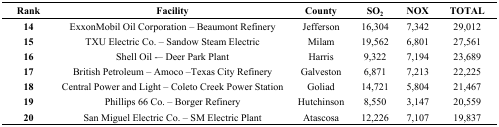
<table><thead><tr><td><b>Rank</b></td><td><b>Facility</b></td><td><b>County</b></td><td><b>SO<sub>2</sub></b></td><td><b>NOX</b></td><td><b>TOTAL</b></td></tr></thead><tbody><tr><td><b>14</b></td><td>ExxonMobil Oil Corporation – Beaumont Refinery</td><td>Jefferson</td><td>16,304</td><td>7,342</td><td>29,012</td></tr><tr><td><b>15</b></td><td>TXU Electric Co. – Sandow Steam Electric</td><td>Milam</td><td>19,562</td><td>6,801</td><td>27,561</td></tr><tr><td><b>16</b></td><td>Shell Oil – Deer Park Plant</td><td>Harris</td><td>9,322</td><td>7,194</td><td>23,689</td></tr><tr><td><b>17</b></td><td>British Petroleum – Amoco –Texas City Refinery</td><td>Galveston</td><td>6,871</td><td>7,213</td><td>22,225</td></tr><tr><td><b>18</b></td><td>Central Power and Light – Coleto Creek Power Station</td><td>Goliad</td><td>14,721</td><td>5,804</td><td>21,467</td></tr><tr><td><b>19</b></td><td>Phillips 66 Co. – Borger Refinery</td><td>Hutchinson</td><td>8,550</td><td>3,147</td><td>20,559</td></tr><tr><td><b>20</b></td><td>San Miguel Electric Co. – SM Electric Plant</td><td>Atascosa</td><td>12,226</td><td>7,107</td><td>19,837</td></tr></tbody></table>